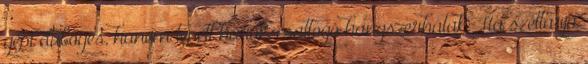
gépi dübögés, hanem tépett húrok, csattogó hangszerhátak, Ha széttárja